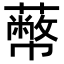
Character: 𦿝